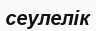
сеулелік